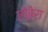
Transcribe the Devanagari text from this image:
लोबेरा